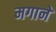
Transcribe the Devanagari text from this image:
मगाने